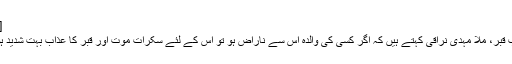
[17]
عذاب قبر، ملا مہدی نراقی کہتے ہیں کہ اگر کسی کی والدہ اس سے ناراض ہو تو اس کے لئے سکرات موت اور قبر کا عذاب بہت شدید ہو گا۔